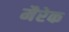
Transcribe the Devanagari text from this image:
मैरेक